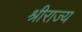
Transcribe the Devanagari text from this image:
श्रीराज्य